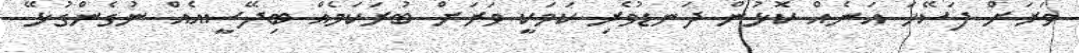
ވަރަށް ފަސޭހަ އަނެއް ކޮޅުން ދަނޑުވެރި ކަމަކީ ވަރަށް ބުރަކަމެއް ބިދޭސީއެއް ނުގެންގުޅޭ